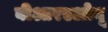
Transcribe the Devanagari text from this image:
बीआरएओयू